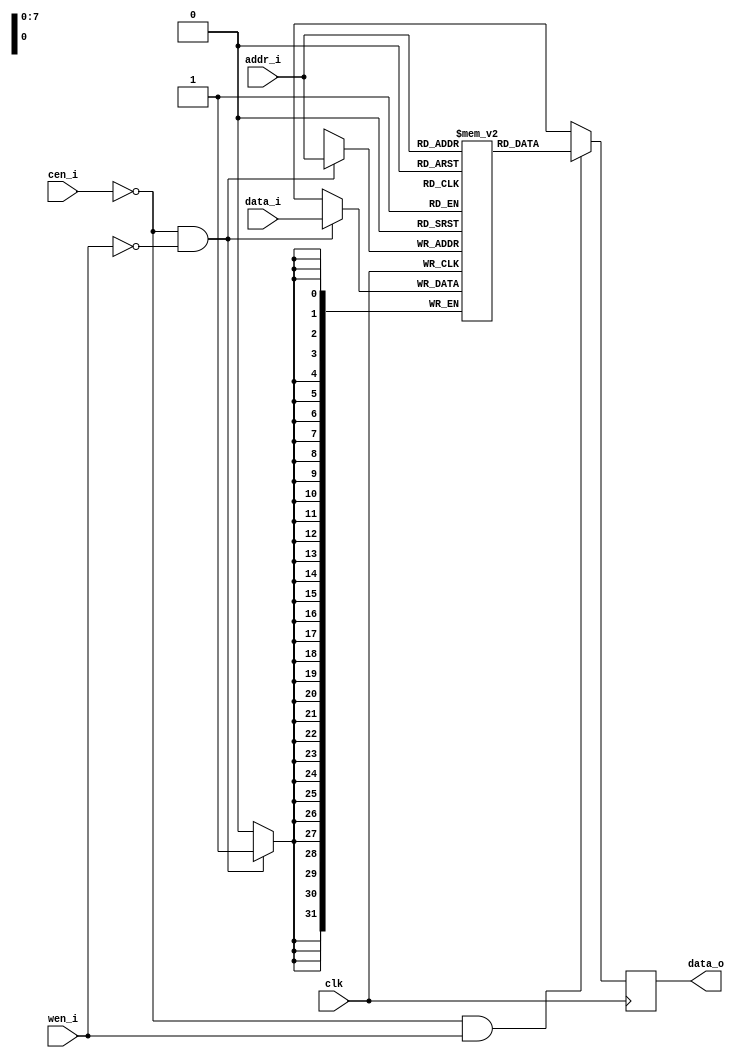
module rf_1p (
		        clk    ,
		        cen_i  ,
		        wen_i  ,
		        addr_i ,
		        data_i ,		
		        data_o		        
);
parameter                 Word_Width = 32;
parameter                 Addr_Width = 8;
input                     clk;      
input   		          cen_i;    
input   		          wen_i;    
input   [Addr_Width-1:0]  addr_i;   
input   [Word_Width-1:0]  data_i;   
output	[Word_Width-1:0]  data_o;   
reg    [Word_Width-1:0]   mem_array[(1<<Addr_Width)-1:0];
reg	   [Word_Width-1:0]  data_r;
always @(posedge clk) begin                
	if(!cen_i && !wen_i)   
		mem_array[addr_i] <= data_i;    
end
always @(posedge clk) begin 
	if (!cen_i && wen_i)
		data_r <= mem_array[addr_i];
	else
		data_r <= 'bx;
end
assign data_o = data_r;
endmodule